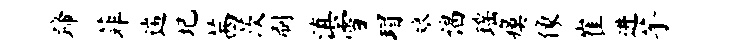
蹄菲遄圮茜茨刷滇雪瑁娘谒瑶瘼像崔进芋